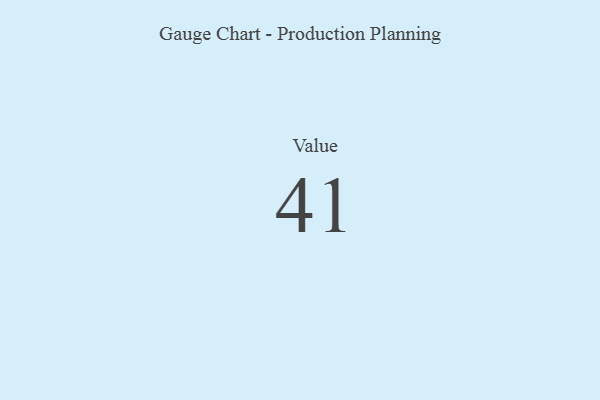
{"axis": {"x": "Metric", "y": "Value"}, "legend": [""], "data": [{"x": "Value", "y": 41, "type": ""}]}